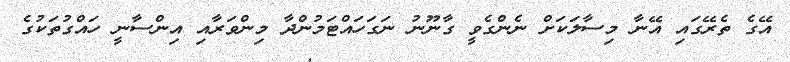
އޭގެ ތެރޭގައި އޭނާ މިސާލަކަށް ނެންގެވީ ގާނޫނު ނަގަހައްޓަމުންދާ މިންވަރާއި އިންސާނީ ހައްގުތަކުގެ